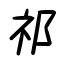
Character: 祁